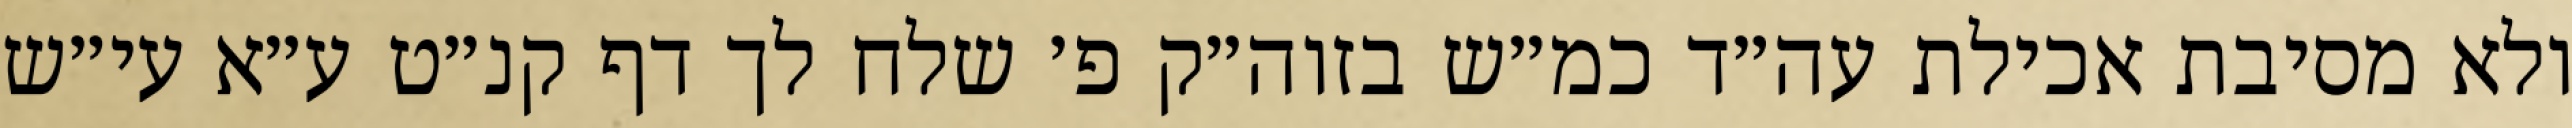
ולא מסיבת אכילת עה״ד כמ״ש בזוה״ק פ׳ שלח לך דף קנ״ט ע״א עי״ש